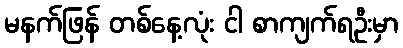
မနက်ဖြန် တစ်နေ့လုံး ငါ စာကျက်ရဦးမှာ